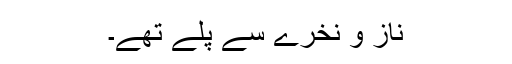
ناز و نخرے سے پلے تھے۔